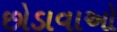
છોડાવાઓ